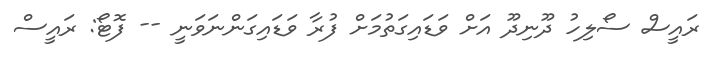
ރައީސް ސޯލިހު ދޫނިދޫ އަށް ވަޑައިގަތުމަށް ފުރާ ވަޑައިގަންނަވަނީ -- ފޮޓޯ: ރައީސް